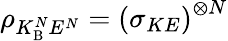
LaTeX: {\rho_{{K_{\mathrm{B}}^{N}}{E^{N}}}}={\left({{\sigma_{{K}{E}}}}\right)^{\otimes N}}